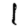
Digit: 1